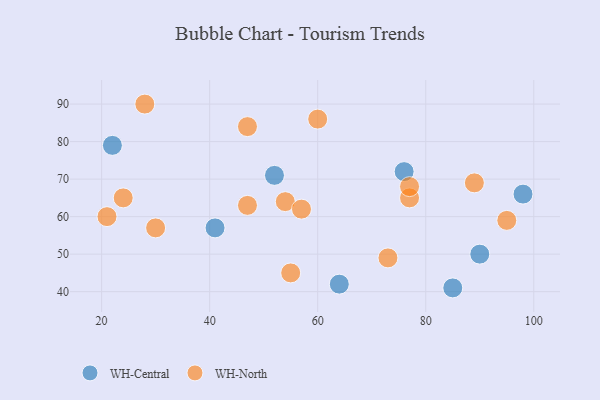
{"axis": {"x": "GDP", "y": "Life Expectancy"}, "legend": ["WH-Central", "WH-North"], "data": [{"x": "98", "y": 66, "type": "WH-Central"}, {"x": "76", "y": 72, "type": "WH-Central"}, {"x": "64", "y": 42, "type": "WH-Central"}, {"x": "22", "y": 79, "type": "WH-Central"}, {"x": "85", "y": 41, "type": "WH-Central"}, {"x": "90", "y": 50, "type": "WH-Central"}, {"x": "41", "y": 57, "type": "WH-Central"}, {"x": "52", "y": 71, "type": "WH-Central"}, {"x": "77", "y": 65, "type": "WH-North"}, {"x": "21", "y": 60, "type": "WH-North"}, {"x": "30", "y": 57, "type": "WH-North"}, {"x": "77", "y": 68, "type": "WH-North"}, {"x": "47", "y": 84, "type": "WH-North"}, {"x": "60", "y": 86, "type": "WH-North"}, {"x": "73", "y": 49, "type": "WH-North"}, {"x": "55", "y": 45, "type": "WH-North"}, {"x": "24", "y": 65, "type": "WH-North"}, {"x": "95", "y": 59, "type": "WH-North"}, {"x": "54", "y": 64, "type": "WH-North"}, {"x": "89", "y": 69, "type": "WH-North"}, {"x": "28", "y": 90, "type": "WH-North"}, {"x": "47", "y": 63, "type": "WH-North"}, {"x": "57", "y": 62, "type": "WH-North"}]}